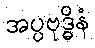
အပ္ပဗုဒ္ဓိနံ